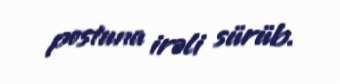
postuna irəli sürüb.